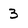
Character: 3